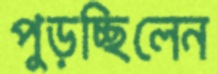
পুড়চ্ছিলেন